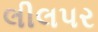
લીલપર